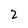
Character: 2